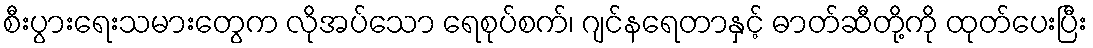
စီးပွားရေးသမားတွေက လိုအပ်သော ရေစုပ်စက်၊ ဂျင်နရေတာနှင့် ဓာတ်ဆီတို့ကို ထုတ်ပေးပြီး